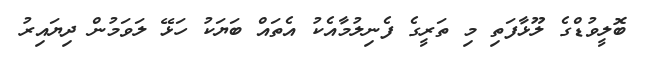
ބޮލީވުޑްގެ ލޫޅާފަތި މި ތަރީގެ ފެނިލުމާއެކު އެތައް ބަޔަކު ހަޅޭ ލަވަމުން ދިޔައިރު